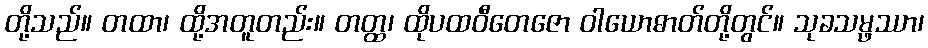
တို့သည်။ တထာ၊ ထို့အတူတည်း။ တတ္ထ၊ ထိုပထဝီတေဇော ဝါယောဓာတ်တို့တွင်။ သုခသမ္ဖဿာ၊